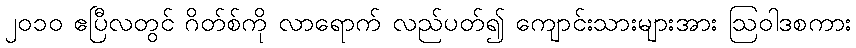
၂၀၁၀ ဧပြီလတွင် ဂိတ်စ်ကို လာရောက် လည်ပတ်၍ ကျောင်းသားများအား ဩဝါဒစကား